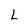
Character: L